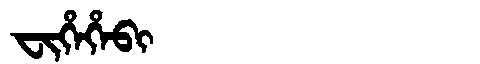
Manchu: ᠸᡳᡥᡝᡥᡝᠪᡳ
Romanization: FIHEHEBI